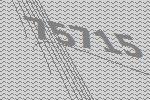
75715